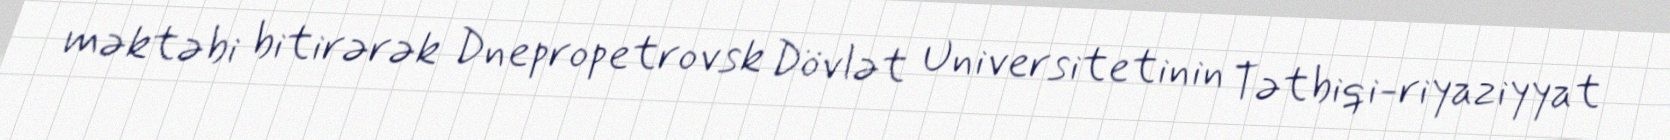
məktəbi bitirərək Dnepropetrovsk Dövlət Universitetinin Tətbiqi-riyaziyyat